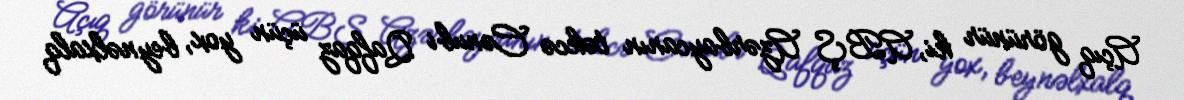
Açıq görünür ki, ABŞ Azərbaycanın təkcə Cənubi Qafqaz üçün yox, beynəlxalq